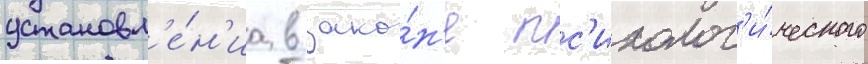
установл'е́н'иа в зако́н'е пс'ихолог'и́ческого